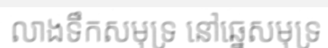
លាងទឹកសមុទ្រ នៅឆ្នេសមុទ្រ